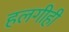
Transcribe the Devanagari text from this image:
हलगीही